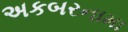
અકબરનામા